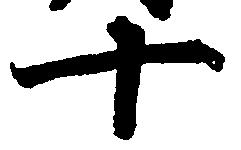
十